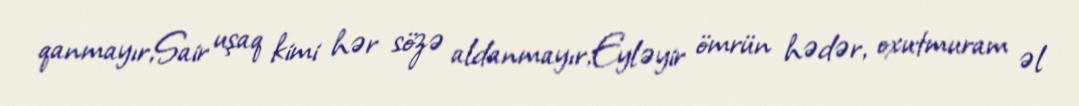
qanmayır,Sair uşaq kimi hər sözə aldanmayır,Eyləyir ömrün hədər, oxutmuram əl